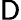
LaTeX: \sf D